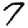
Digit: 7